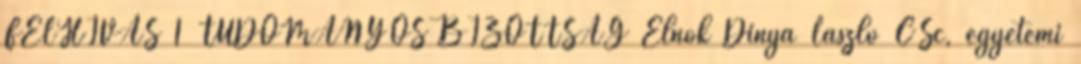
FELHÍVÁS 1 TUDOMÁNYOS BIZOTTSÁG Elnök Dinya László CSc, egyetemi